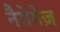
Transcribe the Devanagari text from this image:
नैरोगेज़